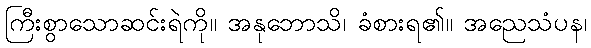
ကြီးစွာသောဆင်းရဲကို။ အနုဘောသိ၊ ခံစားရ၏။ အညေသံပန၊